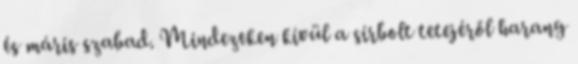
és máris szabad. Mindezeken kívül a sírbolt tetejéről harang